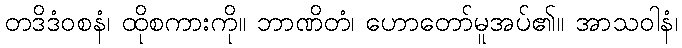
တဒိဒံဝစနံ၊ ထိုစကားကို။ ဘာဏိတံ၊ ဟောတော်မူအပ်၏။ အာသဝါနံ၊